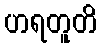
ဟရတူတိ